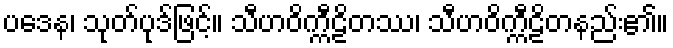
ပဒေန၊ သုတ်ပုဒ်ဖြင့်။ သီဟဝိက္ကီဠိတဿ၊ သီဟဝိက္ကီဠိတနည်း၏။